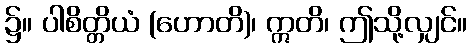
၌။ ပါစိတ္တိယံ (ဟောတိ)၊ ဣတိ၊ ဤသို့လျှင်။